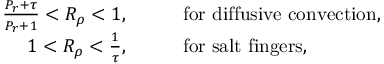
\begin{array} { r l } { \frac { P _ { r } + \tau } { P _ { r } + 1 } < R _ { \rho } < 1 , } & { { } \qquad \mathrm { f o r \, \, d i f f u s i v e \, \, c o n v e c t i o n } , } \\ { 1 < R _ { \rho } < \frac { 1 } { \tau } , } & { { } \qquad \mathrm { f o r \, \, s a l t \, \, f i n g e r s } , } \end{array}